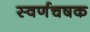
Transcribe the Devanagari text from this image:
स्वर्णचषक